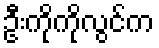
ဦးကိုကိုလွင်က